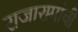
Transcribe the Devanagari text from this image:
राजारामांची